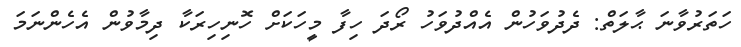
ހަތަރުވާނަ ޙާލަތް: ދެދުވަހުން އެއްދުވަހު ރޯދަ ހިފާ މީހަކަށް ހޮނިހިރަކާ ދިމާވުން އެހެންނަމަ